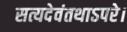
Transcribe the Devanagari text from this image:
सत्यदेवंतथाऽपरे।